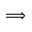
\Longrightarrow